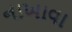
નાખાવા